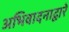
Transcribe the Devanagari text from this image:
अभिवादनाद्वारे